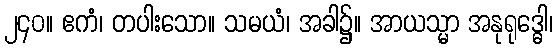
၂၄၀။ ဧကံ၊ တပါးသော။ သမယံ၊ အခါ၌။ အာယသ္မာ အနုရုဒ္ဓေါ၊